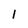
Character: 1